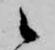
候